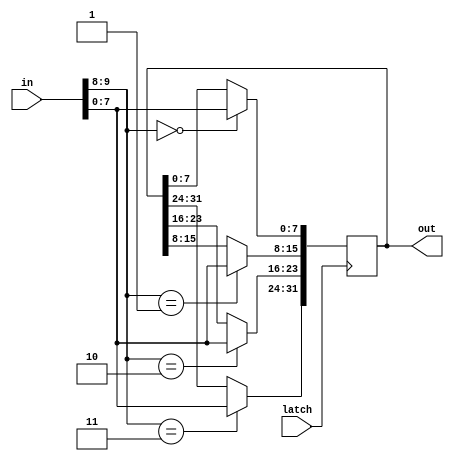
module ten_to_thirtytwo_switches(in, out, latch);
	input [9:0] in; // ten switches from DE10 typically
	output reg [31:0] out; // 32 signals to be used for a control word or other data
	input latch; // latch signal
	
	// for example if trying to get a 32-bit signal of 0x87654321 then
	// 1. Enter 00 0010 0001 on the 10 switches
	// 2. Latch
	// 3. Enter 01 0100 0011 on the 10 switches
	// 4. Latch
	// 5. Enter 10 0110 0101 on the 10 switches
	// 6. Latch
	// 7. Enter 11 1000 0111 on the 10 switches
	// 8. Latch
	
	always @(posedge latch) begin
		case(in[9:8])
			2'b00: out[ 7: 0] <= in[7:0];
			2'b01: out[15: 8] <= in[7:0];
			2'b10: out[23:16] <= in[7:0];
			2'b11: out[31:24] <= in[7:0];
		endcase
	end
endmodule